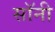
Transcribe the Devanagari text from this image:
सॉनी